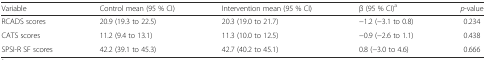
<table><thead><tr><td><b>Variable</b></td><td><b>Control mean (95 % CI)</b></td><td><b>Intervention mean (95 % CI)</b></td><td><b>β (95 % CI)<sup>a</sup></b></td><td><b><i>p</i>-value</b></td></tr></thead><tbody><tr><td>RCADS scores</td><td>20.9 (19.3 to 22.5)</td><td>20.3 (19.0 to 21.7)</td><td>−1.2 (−3.1 to 0.8)</td><td>0.234</td></tr><tr><td>CATS scores</td><td>11.2 (9.4 to 13.1)</td><td>11.3 (10.0 to 12.5)</td><td>−0.9 (−2.6 to 1.1)</td><td>0.438</td></tr><tr><td>SPSI-R SF scores</td><td>42.2 (39.1 to 45.3)</td><td>42.7 (40.2 to 45.1)</td><td>0.8 (−3.0 to 4.6)</td><td>0.666</td></tr></tbody></table>